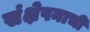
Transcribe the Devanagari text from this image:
संक्षेपनाची